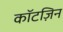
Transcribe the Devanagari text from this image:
कॉटज़िन